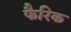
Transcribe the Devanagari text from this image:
फैरिक